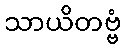
သာယိတဗ္ဗံ